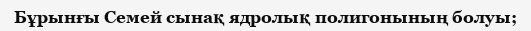
Бұрынғы Семей сынақ ядролық полигонының болуы;